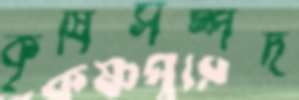
কৃষিসম্পদ